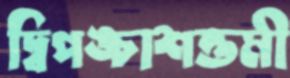
দ্বিপঙ্চাশত্তমী